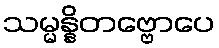
သမ္မန္နိတဗ္ဗောပေ